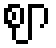
ဈာ